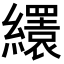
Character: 𦇏